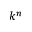
k ^ { n }